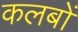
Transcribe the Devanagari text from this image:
कलबों